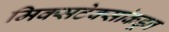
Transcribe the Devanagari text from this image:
मिक्सटेक्सांकडून